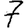
Digit: 7